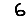
Digit: 6